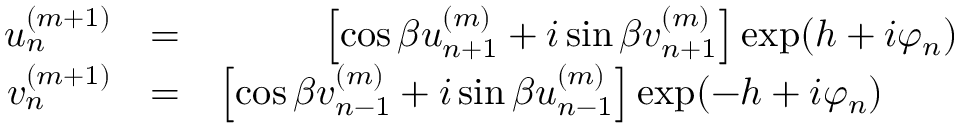
\begin{array} { r l r } { u _ { n } ^ { ( m + 1 ) } } & { = } & { \left[ \cos \beta u _ { n + 1 } ^ { ( m ) } + i \sin \beta v _ { n + 1 } ^ { ( m ) } \right] \exp ( h + i \varphi _ { n } ) } \\ { v _ { n } ^ { ( m + 1 ) } } & { = } & { \left[ \cos \beta v _ { n - 1 } ^ { ( m ) } + i \sin \beta u _ { n - 1 } ^ { ( m ) } \right] \exp ( - h + i \varphi _ { n } ) \; \; \; \; \; \; \; } \end{array}